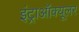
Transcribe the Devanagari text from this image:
इंट्राऑक्यूलर